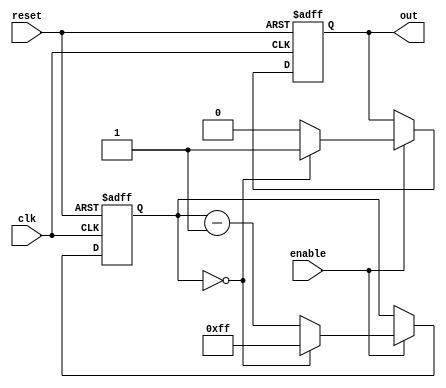
module ModuloN_Down_Counter_with_Enable (
    input wire clk,        // Clock input
    input wire reset,      // Reset signal
    input wire enable,     // Enable signal
    output reg out,        // Output signal indicating counter has reached zero
);

reg [7:0] count;          // Counter value, change the width based on N value
parameter N = 255;       // Modulo-N value

always @(posedge clk or posedge reset) begin
    if (reset) begin
        count <= N;
        out <= 0;
    end else if (enable) begin
        if (count == 0) begin
            out <= 1;
            count <= N;
        end else begin
            count <= count - 1;
            out <= 0;
        end
    end
end

endmodule